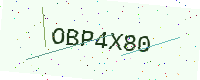
Text: OBP4X80